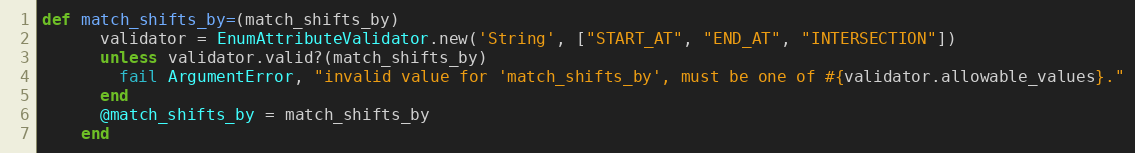
Language: Ruby
def match_shifts_by=(match_shifts_by)
      validator = EnumAttributeValidator.new('String', ["START_AT", "END_AT", "INTERSECTION"])
      unless validator.valid?(match_shifts_by)
        fail ArgumentError, "invalid value for 'match_shifts_by', must be one of #{validator.allowable_values}."
      end
      @match_shifts_by = match_shifts_by
    end